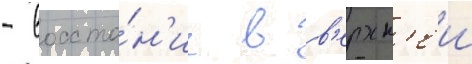
- восста́н'ие в в'ерхн'еи